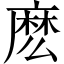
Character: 麽